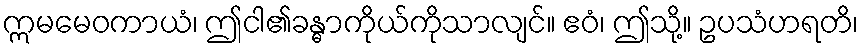
ဣမမေဝကာယံ၊ ဤငါ၏ခန္ဓာကိုယ်ကိုသာလျင်။ ဧဝံ၊ ဤသို့။ ဥပသံဟရတိ၊